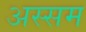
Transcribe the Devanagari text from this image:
अस्सम